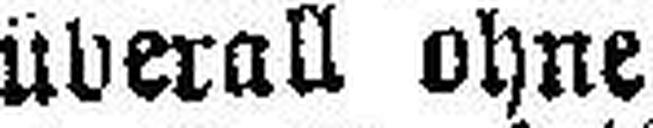
überall ohne